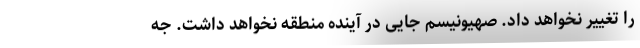
را تغییر نخواهد داد. صهیونیسم جایی در آینده منطقه نخواهد داشت. جه